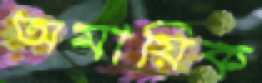
অমায়িক